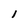
Character: 1